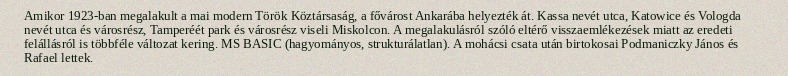
Amikor 1923-ban megalakult a mai modern Török Köztársaság, a fővárost Ankarába helyezték át. Kassa nevét utca, Katowice és Vologda nevét utca és városrész, Tamperéét park és városrész viseli Miskolcon. A megalakulásról szóló eltérő visszaemlékezések miatt az eredeti felállásról is többféle változat kering. MS BASIC (hagyományos, strukturálatlan). A mohácsi csata után birtokosai Podmaniczky János és Rafael lettek.